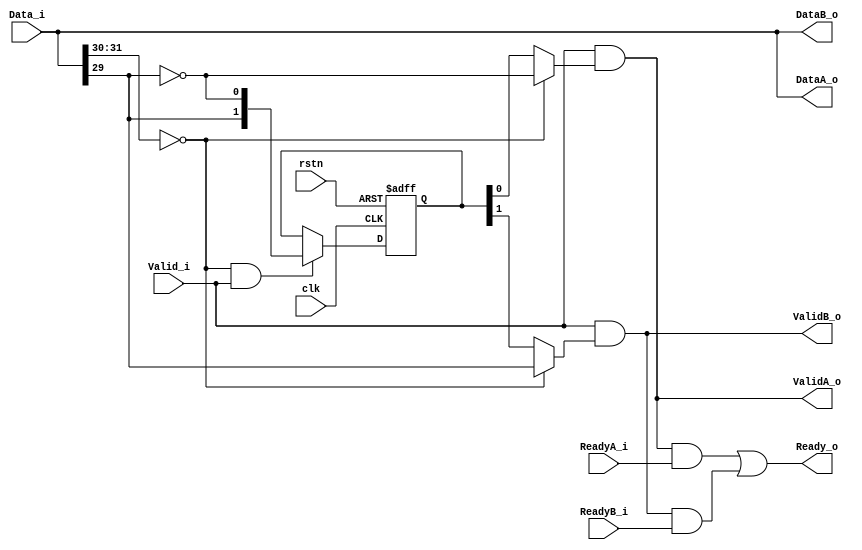
module  RoutCalc (
    input   wire                clk,
    input   wire                rstn,

    input   wire    [31:0]      Data_i,
    input   wire                Valid_i,
    output  wire                Ready_o,

    output  wire    [31:0]      DataA_o,
    output  wire                ValidA_o,
    input   wire                ReadyA_i,

    output  wire    [31:0]      DataB_o,
    output  wire                ValidB_o,
    input   wire                ReadyB_i
);

wire    [1:0]   FlitType;

assign  FlitType    =   Data_i[31:30];

wire            SensorType;

assign  SensorType  =   Data_i[29];

wire            HeadFlit;

assign  HeadFlit    =   FlitType    ==  2'b00;

reg     [1:0]   Dir = 2'b00;

always@(posedge clk or negedge rstn) begin
    if(~rstn) 
        Dir <=  2'b00;
    else if(HeadFlit & Valid_i)
        Dir <=  {SensorType,~SensorType};
end

assign  ValidA_o    =   Valid_i &   (HeadFlit    ?   ~SensorType :   Dir[0]);
assign  ValidB_o    =   Valid_i &   (HeadFlit    ?   SensorType  :   Dir[1]);
assign  DataA_o     =   Data_i;
assign  DataB_o     =   Data_i;
assign  Ready_o     =   (ValidA_o   &   ReadyA_i)   |
                        (ValidB_o   &   ReadyB_i)   ;

endmodule